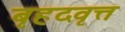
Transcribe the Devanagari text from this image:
बृहदवृत्त